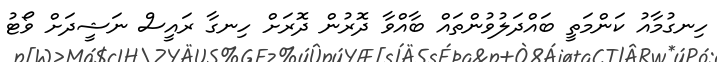
ހިނގުމާއު ކަންމަތީ ބައްދަލުވުންތައް ބާއްވާ ދޮރުން ދޮރަށް ހިނގާ ރައީސް ނަޝީދަށް ވޯޓު